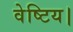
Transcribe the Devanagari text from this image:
वेष्टिय।